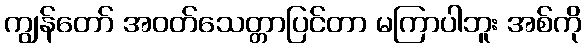
ကျွန်တော် အဝတ်သေတ္တာပြင်တာ မကြာပါဘူး အစ်ကို